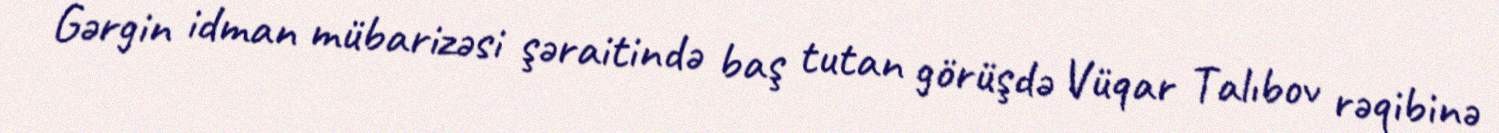
Gərgin idman mübarizəsi şəraitində baş tutan görüşdə Vüqar Talıbov rəqibinə